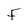
Character: F